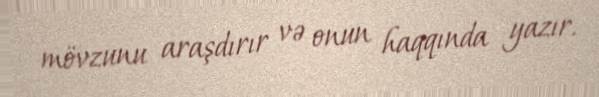
mövzunu araşdırır və onun haqqında yazır.